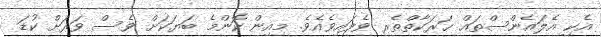
އެކި އެލައެންސްތައް ޙަރަކާތްތެރި ވެފައިވެއެވެ. މިއިން ކޮންމެ ބަޔަކަށް ވެސް ވަރަށް ކުޑަ